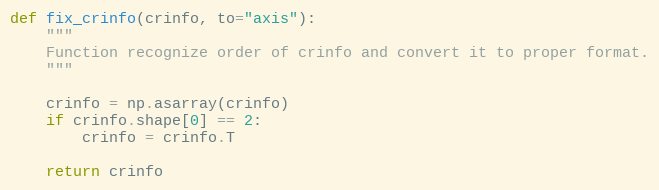
Language: Python
def fix_crinfo(crinfo, to="axis"):
    """
    Function recognize order of crinfo and convert it to proper format.
    """

    crinfo = np.asarray(crinfo)
    if crinfo.shape[0] == 2:
        crinfo = crinfo.T

    return crinfo